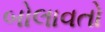
બોલાવતો